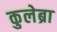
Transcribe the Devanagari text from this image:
कुलेब्रा